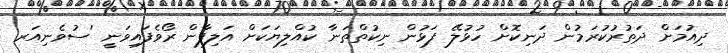
ދިއުމަށް ދަތުރުކުރަމުން ދަނިކޮށް ހުޅުލޭ ފަޅުން ނިކުތްތަނާ ކުއްލިޔަކަށް އަލިފާން ރޯވެފައިވަނީ 'ސުވެނިއަރ